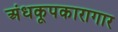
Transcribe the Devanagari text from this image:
अंधकूपकारागार